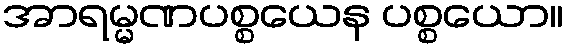
အာရမ္မဏပစ္စယေန ပစ္စယော။